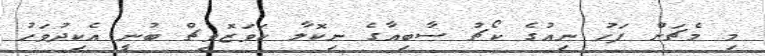
މި މެޗަށް ފަހު ނިއުގެ ކޯޗު ސާބިއާގެ ނިކޮލާ ކަވަޒޮވިޗް ބުނީ އެކިދުވަހު